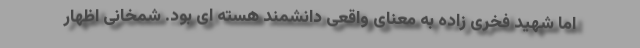
اما شهید فخری زاده به معنای واقعی دانشمند هسته ای بود. شمخانی اظهار